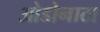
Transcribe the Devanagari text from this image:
ओडोनाटा